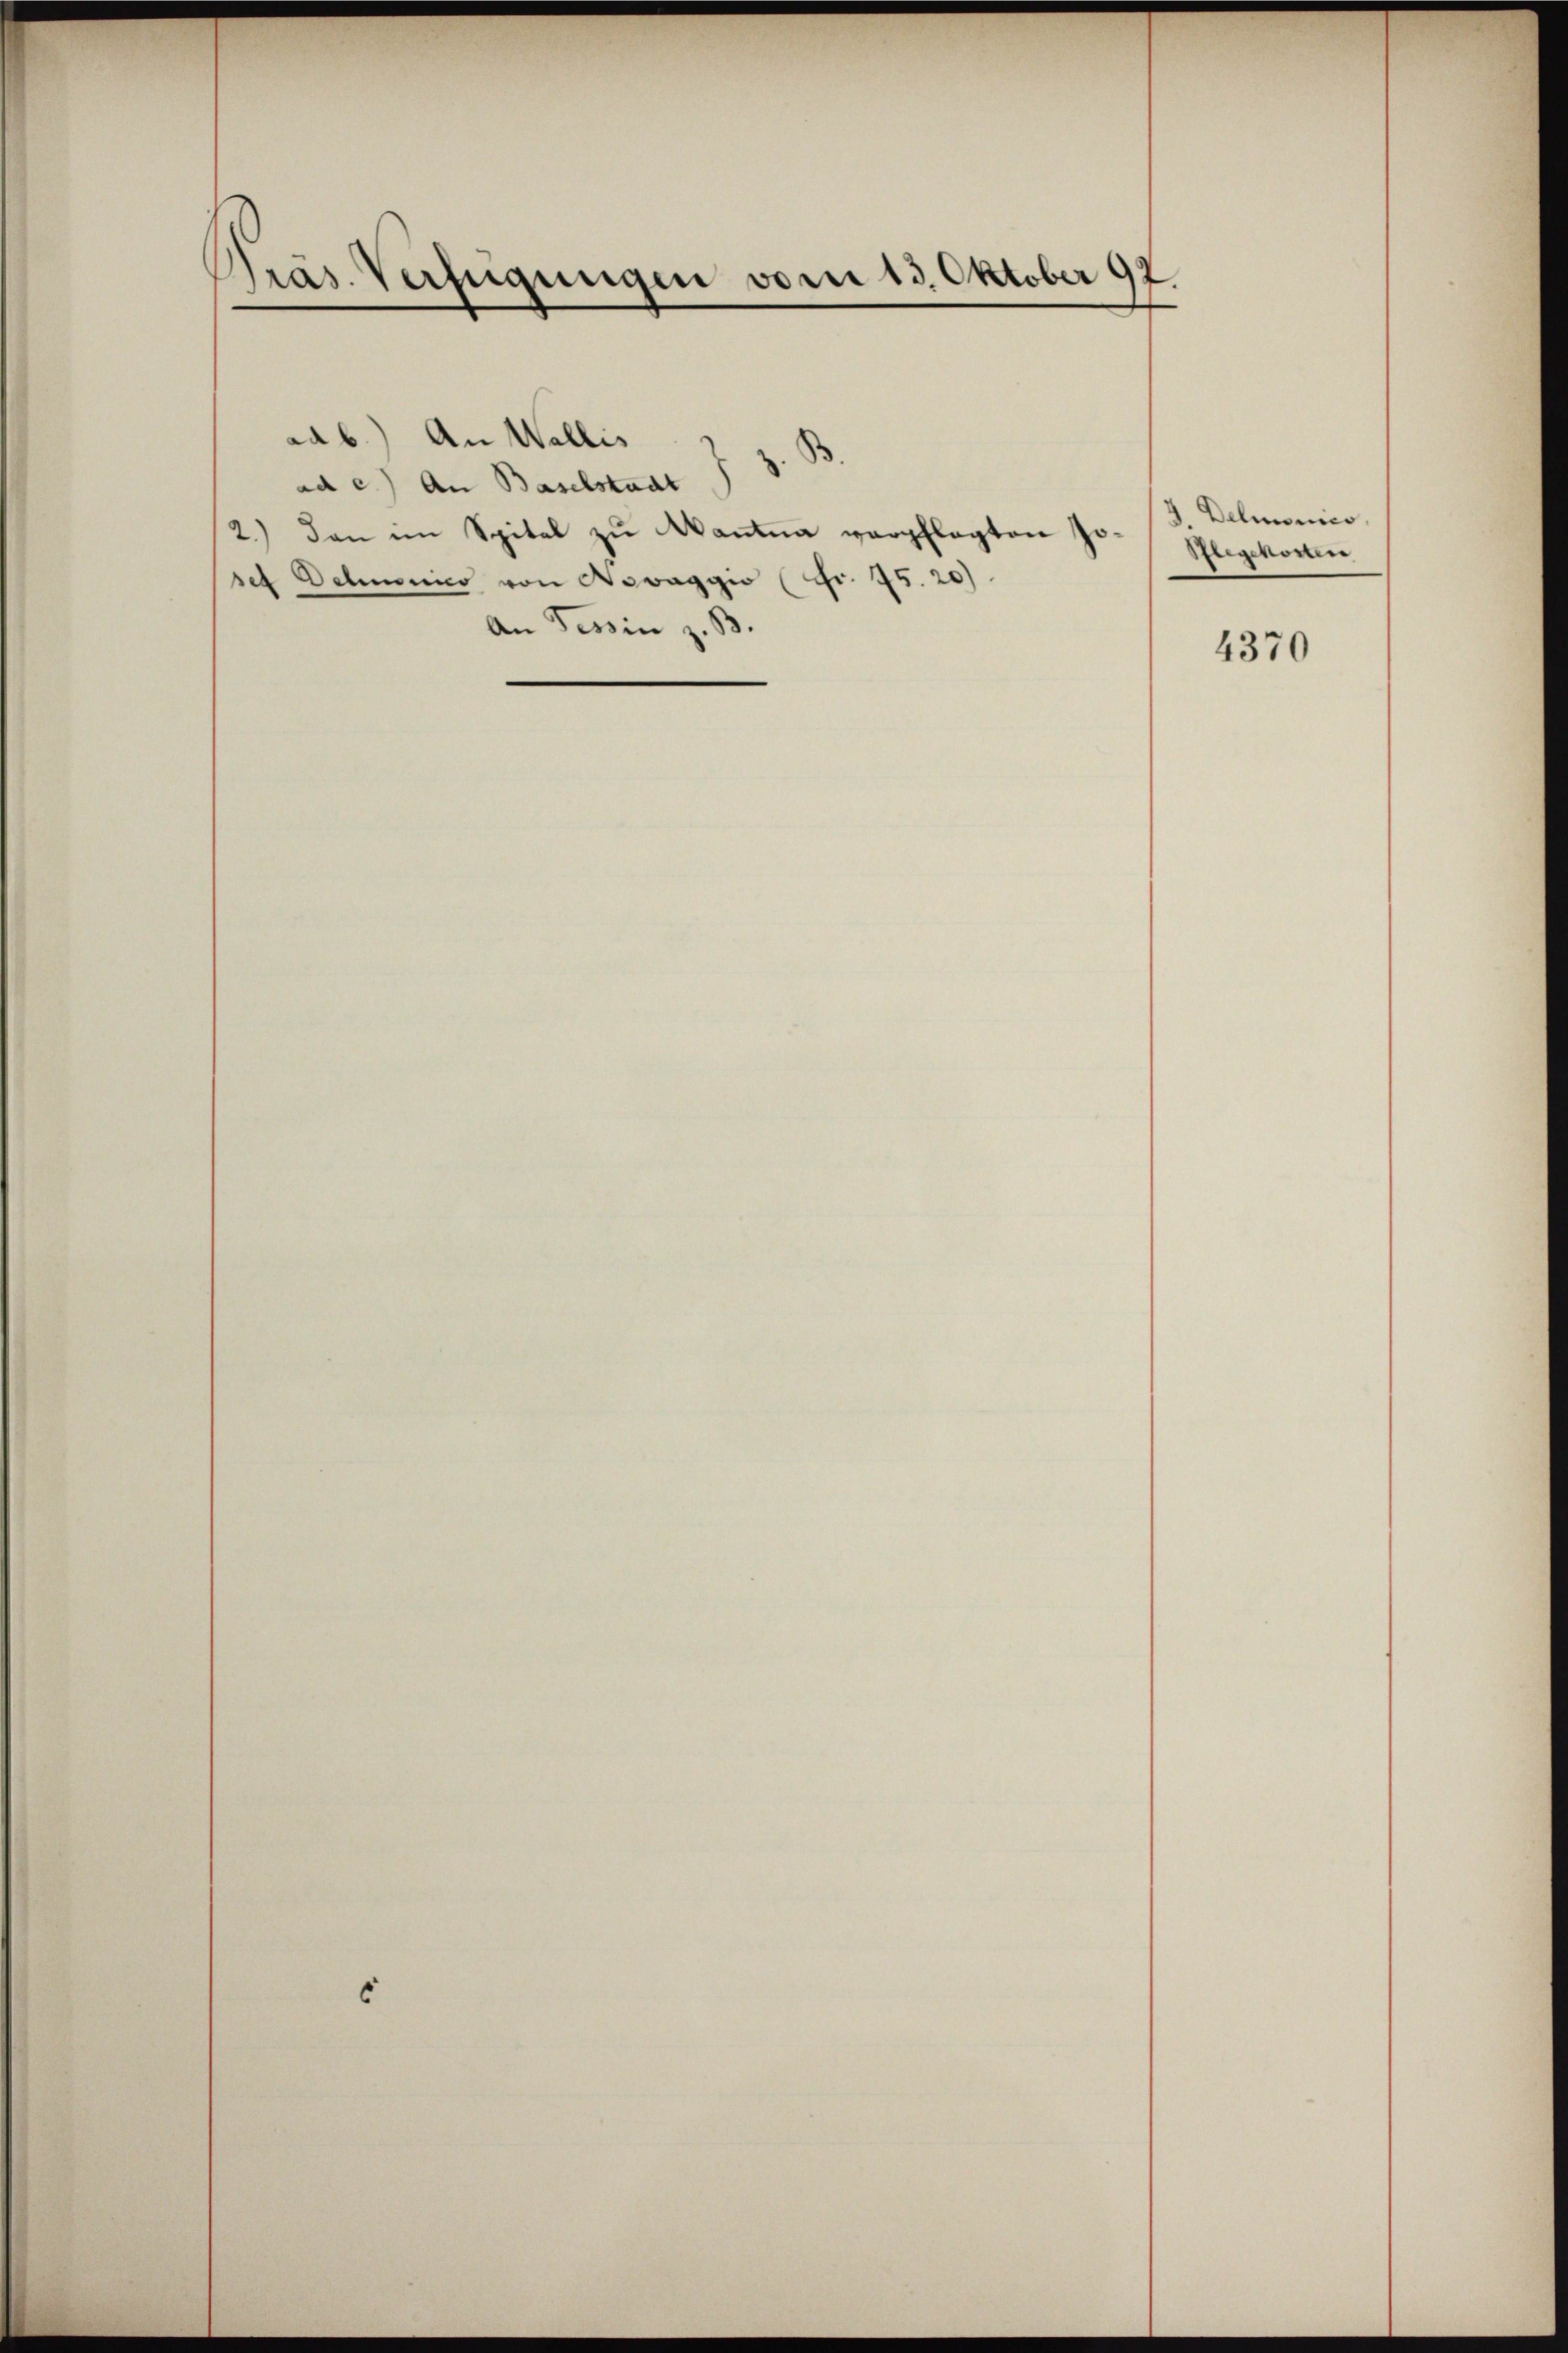
Präs. Verfügungen vom 13. Oktober 92

aab.) An Wallis
ad e.) An Baselstaat J. J. B
2.) Den im Spital zu kantna verpflegten Jo
sef Oehmenico von Nevaggio (Fr. 75. 20)
An Tessin z. B.

/3. Demonico,
Plegchorten

4370